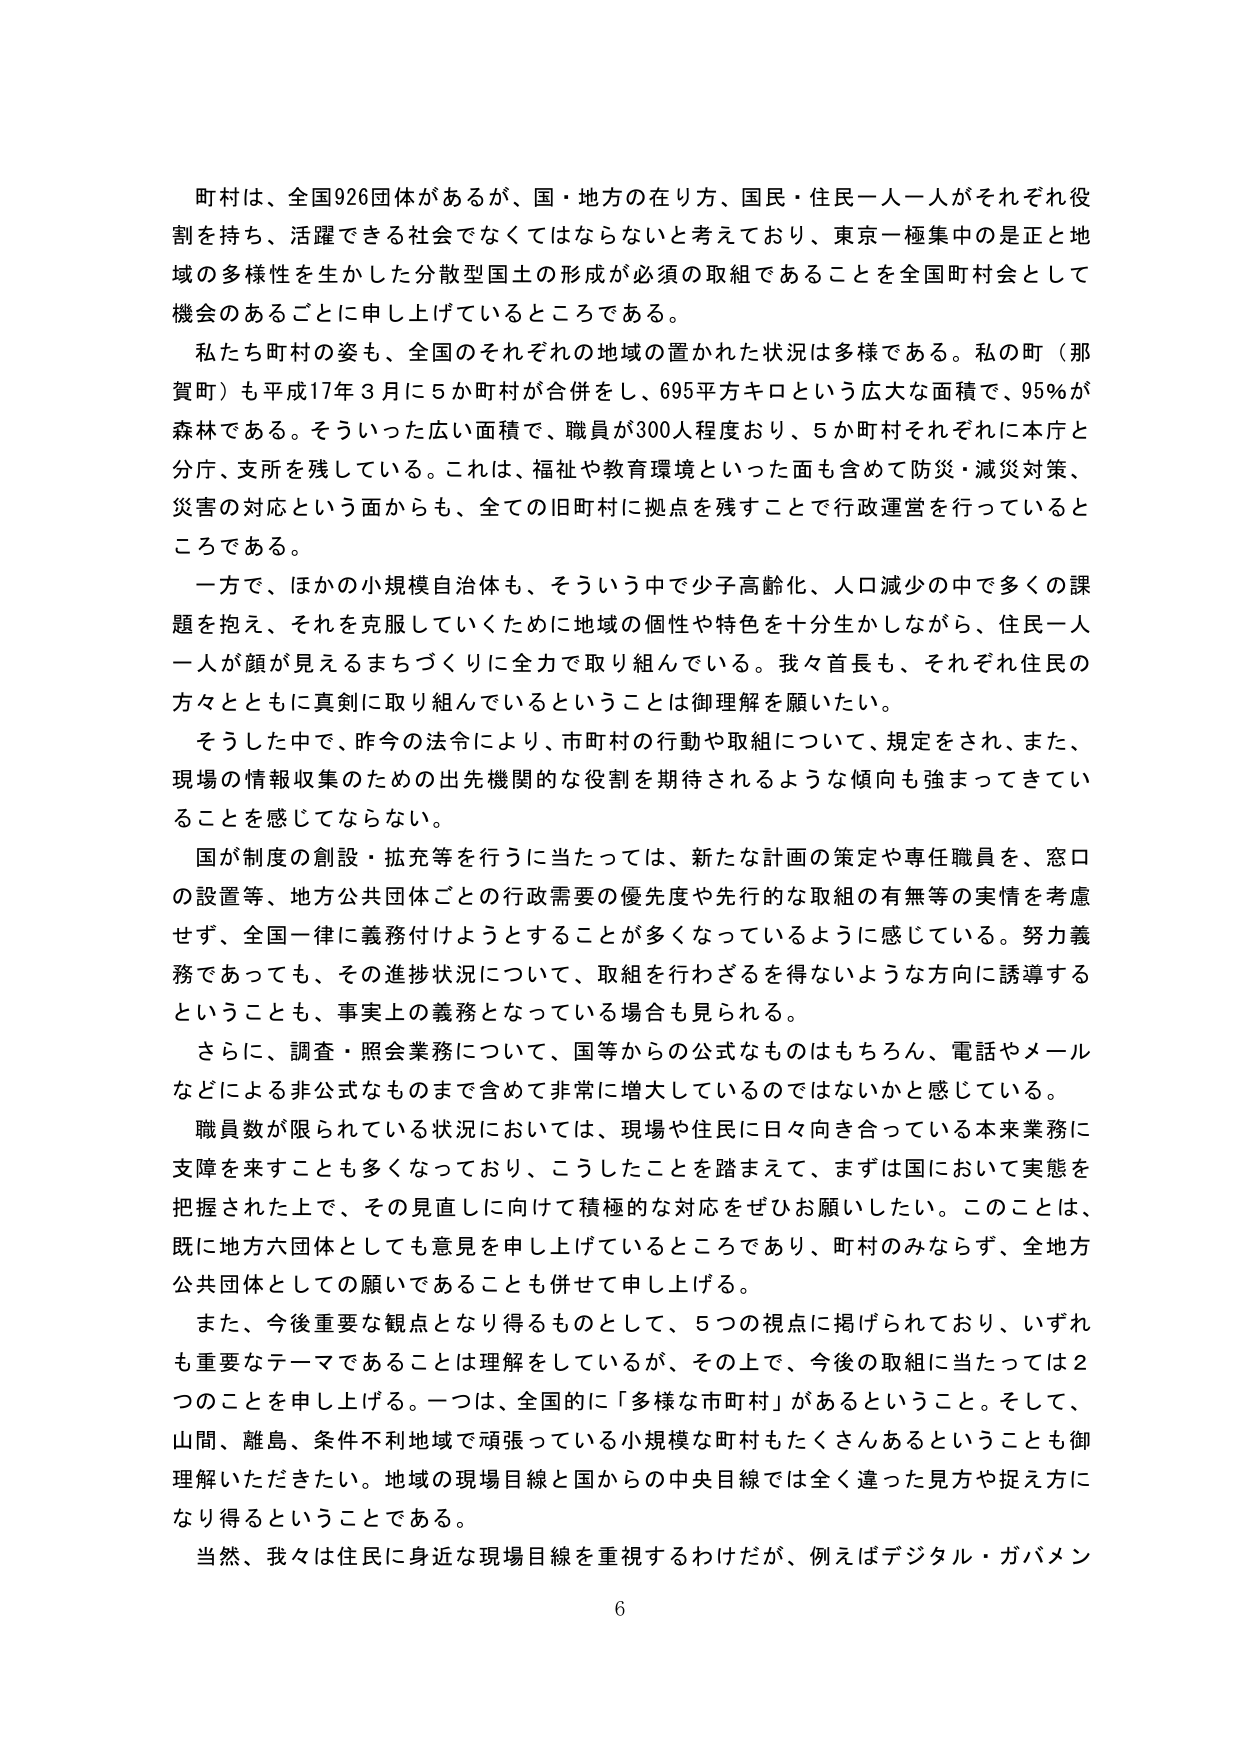
町村は、全国926団体があるが、国・地方の在り方、国民・住民一人一人がそれぞれ役割を持ち、活躍できる社会でなくてはならないと考えており、東京一極集中のは正と地域の多様性を生かした分散型国土の形成が必須の取組であることを全国町村会として機会のあるごとに申し上げているところである。

私たち町村の姿も、全国のそれぞれの地域の置かれた状況は多様である。私の町（那賀町）も平成17年3月に5か町村が合併をし、695平方キロという広大な面積で、95％が森林である。そういった広い面積で、職員が300人程度おり、5か町村それぞれに本庁と分庁、支所を残している。これは、福祉や教育環境といった面も含めて防災・減災対策、災害の対応という面からも、全ての旧町村に拠点を残すことで行政運営を行っているところである。

一方で、ほかの小規模自治体も、そういう中で少子高齢化、人口減少の中で多くの課題を抱え、それを克服していくために地域の個性や特色を十分生かしながら、住民一人一人が顔が見えるまちづくりに全力で取り組んでいる。我々首長も、それぞれ住民の方々とともに真剣に取り組んでいるということは御理解を願いたい。

そうした中で、昨今の法令により、市町村の行動や取組について、規定をされ、また、現場の情報収集のための出先機関的な役割を期待されるような傾向も強まってきていることを感じてならない。

国が制度の創設・拡充等を行うに当たっては、新たな計画の策定や専任職員を、窓口の設置等、地方公共団体ごとの行政需要の優先度や先行的な取組の有無等の実情を考慮せず、全国一律に義務付けようとすることが多くなっているように感じている。努力義務であっても、その進捗状況について、取組を行わざるを得ないような方向に誘導するということも、事実上の義務となっている場合も見られる。

さらに、調査・照会業務について、国等からの公式なものはもちろん、電話やメールなどによる非公式なものまで含めて非常に増大しているのではないかと感じている。

職員数が限られている状況においては、現場や住民に日々向き合っている本来業務に支障を来すことも多くなっており、こうしたことを踏まえて、まずは国において実態を把握された上で、その見直しに向けて積極的な対応をぜひお願いしたい。このことは、既に地方六団体としても意見を申し上げているところであり、町村のみならず、全地方公共団体としての願いであることも併せて申し上げる。

また、今後重要な観点となり得るものとして、5つの視点に掲げられており、いずれも重要なテーマであることは理解をしているが、その上で、今後の取組に当たっては2つのことを申し上げる。一つは、全国的に「多様な市町村」があるということ。そして、山間、離島、条件不利地域で頑張っている小規模な町村もたくさんあるということも御理解いただきたい。地域の現場目線と国からの中央目線では全く違った見方や捉え方になり得るということである。

当然、我々は住民に身近な現場目線を重視するわけだが、例えばデジタル・ガバメン

6